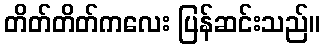
တိတ်တိတ်ကလေး ပြန်ဆင်းသည်။